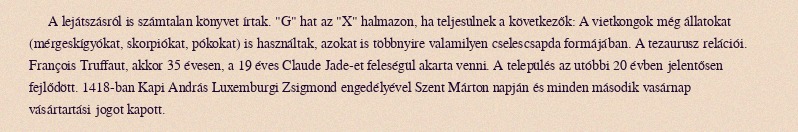
A lejátszásról is számtalan könyvet írtak. "G" hat az "X" halmazon, ha teljesülnek a következők: A vietkongok még állatokat (mérgeskígyókat, skorpiókat, pókokat) is használtak, azokat is többnyire valamilyen cselescsapda formájában. A tezaurusz relációi. François Truffaut, akkor 35 évesen, a 19 éves Claude Jade-et feleségül akarta venni. A település az utóbbi 20 évben jelentősen fejlődött. 1418-ban Kapi András Luxemburgi Zsigmond engedélyével Szent Márton napján és minden második vasárnap vásártartási jogot kapott.